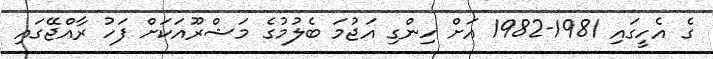
ގެ އެހީގައި 1981-1982 އަށް ހިންގި އަޖުމަ ބެލުމުގެ މަޝްރޫއަކަށް ފަހު ރާއްޖޭގައި